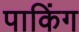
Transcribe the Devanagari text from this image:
पाकिंग